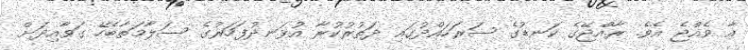
އާ ވެއްޖެ އެވެ. ރާއްޖޭގެ ކަނޑުގެ ސަރަހައްދުގައި ދަތުރުކުރާ އުޅަނދުފަހަރުގެ ސަލާމަތާބެހޭ ގަވާއިދަށް